Report of the Indian Hemp Drugs Commission, 1894-1895 - Volume VII
Year: 1894
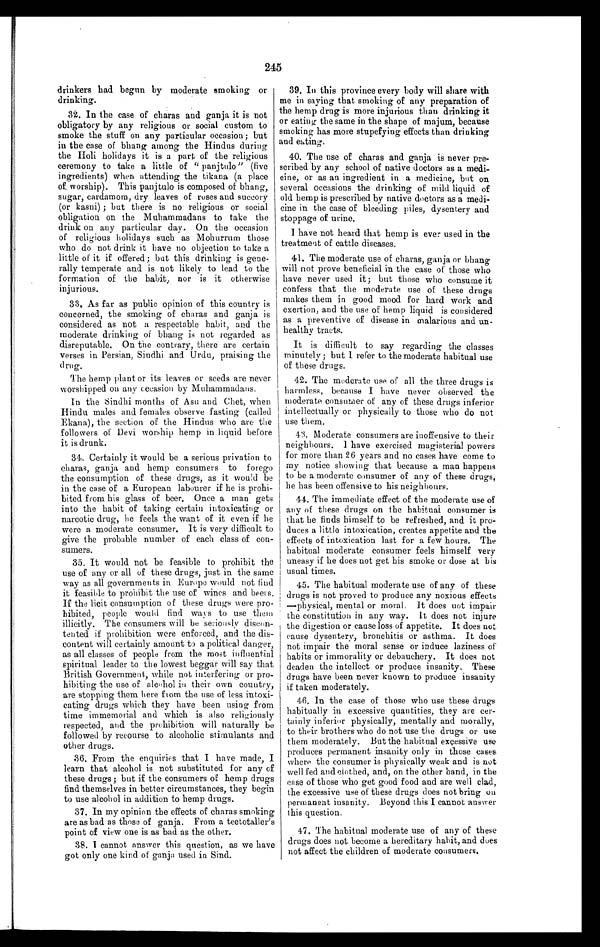
245
drinkers had begun by moderate smoking or
drinking.
32. In the case of charas and ganja it is not
obligatory by any religious or. social custom to
smoke the stuff on any particular occasion; but
in the case of bhang among the Hindus during
the Holi holidays it is a part of the religious
ceremony to take a little of " panjtulo" (five
ingredients) when attending the tikana (a place
of, worship). This panjtulo is composed of bhang,
sugar, cardamom, dry leaves of ruses and succory
(or kasni) ; but there is no religious or social
obligation on the Muhammadans to take the
drink on any particular day. On the occasion
of religious holidays such as Mohurrum those
who do not drink it have no objection to take a
little of it if offered; but this drinking is gene-
rally temperate and is not likely to lead to the
formation of the habit, nor is it otherwise
injurious.
33. As far as public opinion of this country is
concerned, the smoking of charas and ganja is
considered as not a respectable habit, and the
moderate drinking of bhang is not regarded as
disreputable. On the contrary, there are certain
verses in Persian, Sindhi and Urdu, praising the
drug.
The hemp plant or its leaves or seeds are never
worshipped on any occasion by Muhammadans.
In the Sindhi months of Asu and Chet, when
Hindu males and females observe fasting (called
Ekana), the section of the Hindus who are the
followers of Devi worship hemp in liquid before
it is drunk.
34. Certainly it would be a serious privation to
charm, ganja and hemp consumers to forego
the consumption of these drugs, as it would be
in the case of a European labourer if he is prohi-
bited from his glass of beer. Once a man gets
into the habit of taking certain intoxicating or
narcotic drug, he feels the want of it even if he
were a moderate consumer. It is very difficult to
give the probable number of each class of con-
sumers.
35. It would not be feasible to prohibit the
use of any or all of these drugs, just in the same
way as all governments in Europe would not find
it feasible to prohibit the use of wines and beers.
If the licit consumption of these drugs were pro-
hibited, people would find ways to use them
illicitly. The consumers will be seriously discon-
tented if prohibition were enforced, and the dis-
content will certainly amount to a political danger,
as all classes of people from the most influential
spiritual leader to the lowest beggar will say that
British Government, while not interfering or pro-
hibiting the use of alcohol in their own country,
are stopping them here from the use of less intoxi-
cating drugs which they have been using from
time immemorial and which is also religiously
respected, and the prohibition will naturally be
followed by recourse to alcoholic stimulants and
other drugs.
36. From the enquiries that I have made, I
learn that alcohol is not substituted for any of
these drugs; but if the consumers of hemp drugs
find themselves in better circumstances, they begin
to use alcohol in addition to hemp drugs.
37. In my opinion the effects of charas smoking
are as bad as those of ganja. From a teetotaller's
point of view one is as bad as the other.
38. I cannot answer this question, as we have
got only one kind of genie used in Sind.
39. In this province every body will share with
me in saying that smoking of any preparation of
the hemp drug is more injurious than drinking it
or eating the same in the shape of majum, because
smoking has more stupefying effects than drinking
and eating.
40. The use of charas and ganja is never pre-
scribed by any school of native doctors as a medi-
cine, or as an ingredient in a medicine, but on
several occasions the drinking of mild liquid of
old hemp is prescribed by native doctors as a medi-
cine in the case of bleeding piles, dysentery and
stoppage of urine.
I have not heard that hemp is ever used in the
treatment of cattle diseases.
41. The moderate use of charas, ganja or bhang
will not prove beneficial in the case of those who
have never used it; but those who consume it
confess that the moderate use of these drugs
makes them in good mood for hard work and
exertion, and the use of hemp liquid is considered
as a preventive of disease in malarious and un-
healthy tracts.
It is difficult to say regarding the classes
minutely; but I refer to the moderate habitual use
of these drugs.
42. The moderate use of all the three drugs is
harmless, because I have never observed the
moderate consumer of any of these drugs inferior
intellectually or physically to those who do not
use them.
43. Moderate consumers are inoffensive to their
neighbours. 1 have exercised magisterial powers
for more than 26 years and no cases have come to
my notice showing that because a man happens
to be a moderate consumer of any of these drugs,
he has been offensive to his neighbours.
44. The immediate effect of the moderate use of
any of these drugs on the habitual consumer is
that he finds himself to be refreshed, and it pro-
duces a little intoxication, creates appetite and the
effects of intoxication last for a few hours. The
habitual moderate consumer feels himself very
uneasy if he does not get his smoke or dose at his
usual times.
45. The habitual moderate use of any of these
drugs is not proved to produce any noxious effects
— physical, mental or moral. It does not impair
the constitution in any way. It does not injure
the digestion or cause loss of appetite. It does not
cause dysentery, bronchitis or asthma. It does
not impair the moral sense or induce laziness of
habits or immorality or debauchery. It does not
deaden the intellect or produce insanity. These
drugs have been never known to produce insanity
if taken moderately.
46. In the case of those who use these drugs
habitually in excessive quantities, they are cer
¬ t h i n l y i n f e r i o r p h y s i c a l l y , m e n t a l l y a n d m o r a l l y ,
to their brothers who do not use the drugs or use
them moderately. But the habitual excessive use
produces permanent insanity only in those cases
where the consumer is physically weak and is not
well fed and clothed, and, on the other hand, in the
case of those who get good food and are well clad,
the excessive use of these drugs does not bring on
permanent insanity. Beyond this I cannot answer
this question.
47.
The habitual moderate use of any of these
drugs does not become a hereditary habit, and does
not affect the children of moderate consumers.